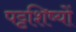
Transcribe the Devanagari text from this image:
पट्टशिष्यों